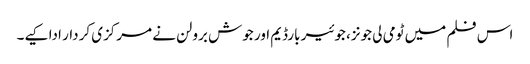
اس فلم میں ٹومی لی جونز، جوئیر بارڈیم اور جوش برولن نے مرکزی کردار ادا کیے۔